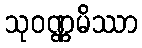
သုဝဏ္ဏမိဿာ